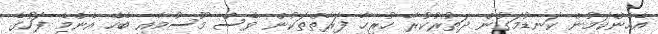
އެހެންކަމުން ކަނޑުމަގުން ދަތުރުކުރާ ހުރިހާ ފަރާތްތަކުން ވެސް މޫސުމާއި ބެހޭ އެންމެ ފަހުގެ